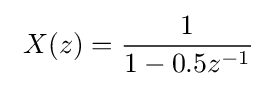
\ X(z)={\frac {1}{1-0.5z^{-1}}}